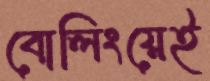
বোলিংয়েই